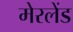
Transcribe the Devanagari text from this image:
मेरलेंड